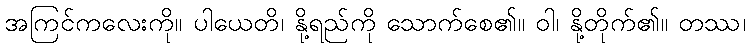
အကြင်ကလေးကို။ ပါယေတိ၊ နို့ရည်ကို သောက်စေ၏။ ဝါ၊ နို့တိုက်၏။ တဿ၊